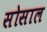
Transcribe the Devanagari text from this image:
सोसाल